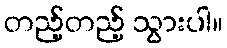
တည့်တည့် သွားပါ။